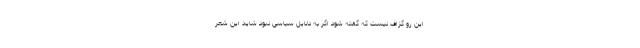
این رو گزاف نیست که گفته شود اگر به دلایل سیاسی نبود شاید این شعر